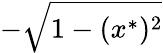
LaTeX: -{\sqrt{1-(x^{*})^{2}}}